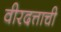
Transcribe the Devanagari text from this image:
वीरदत्ताची